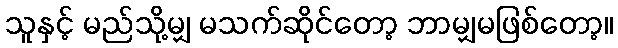
သူနှင့် မည်သို့မျှ မသက်ဆိုင်တော့ ဘာမျှမဖြစ်တော့။